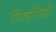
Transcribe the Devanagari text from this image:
मिक्सोफ़िसी